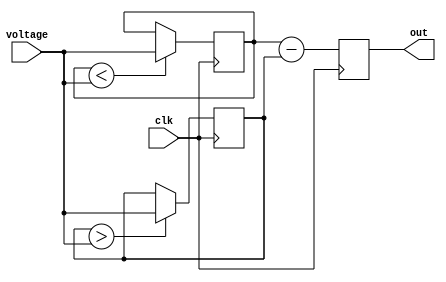
module amplitude(voltage,clk,out);
input [15:0] voltage;
input clk;
output reg [15:0] out;

reg [15:0] max;
reg [15:0] min;
initial 
begin 
out = 0; 
max=0;
min=0;

end

always @(posedge clk)
begin
	if(max<voltage) max<=voltage;
	else max<=max;
	
	if(min>voltage) min<=voltage;
	else min<=min;

	
	out<= max-min;

end
endmodule